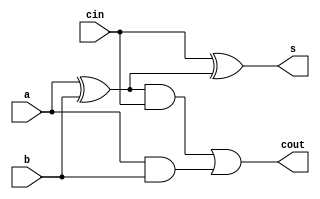
module full_adder(a,b,cin,s,cout);
     input a,b,cin; 
     output s, cout;
     wire w1, w2, w3; 
     assign w1 = a^b;
     assign s = cin ^ w1; 
     assign w2 = a & b; 
     assign w3 = w1 & cin;
     assign cout = w3 | w2;   	 	
endmodule